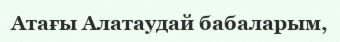
Атағы Алатаудай бабаларым,